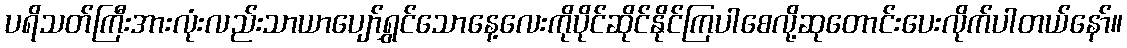
ပရိသတ်ကြီးအားလုံးလည်းသာယာပျော်ရွှင်သောနေ့လေးကိုပိုင်ဆိုင်နိုင်ကြပါစေလို့ဆုတောင်းပေးလိုက်ပါတယ်နော်။